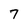
Character: 7